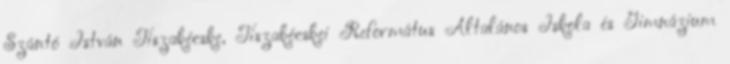
Szántó István Tiszakécske, Tiszakécskei Református Általános Iskola és Gimnázium